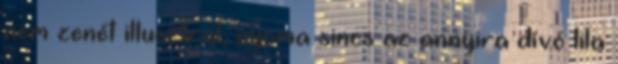
nem zenét illusztrál, nyoma sincs az annyira dívó lila